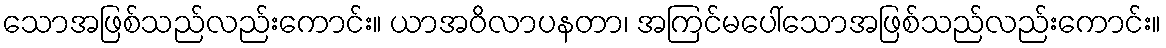
သောအဖြစ်သည်လည်းကောင်း။ ယာအဝိလာပနတာ၊ အကြင်မပေါ်သောအဖြစ်သည်လည်းကောင်း။